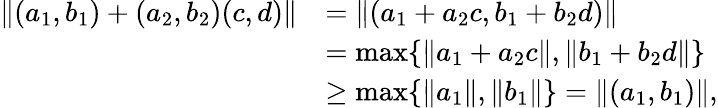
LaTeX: \begin{array}{rl}{\| (a_{1},b_{1})+(a_{2},b_{2})(c,d)\| }&{=\| (a_{1}+a_{2}c,b_{1}+b_{2}d)\| }\\ &{=\operatorname*{max}\{ \| a_{1}+a_{2}c\| ,\| b_{1}+b_{2}d\| \} }\\ &{\geq\operatorname*{max}\{ \| a_{1}\| ,\| b_{1}\| \} =\| (a_{1},b_{1})\| ,}\end{array}